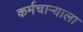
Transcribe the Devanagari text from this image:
कर्मचाऱ्याला